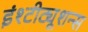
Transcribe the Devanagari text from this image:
इंश्टीट्यूशन्स